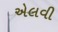
એલવી